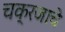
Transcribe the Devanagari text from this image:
चक्रजाचे